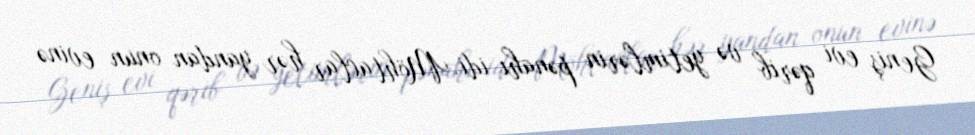
Geniş evi qərib və yetimlərin pənahı idi. Möhtaclar hər yandan onun evinə